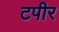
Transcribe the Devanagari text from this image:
टपीर